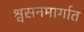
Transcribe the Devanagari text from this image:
श्वसनमार्गात